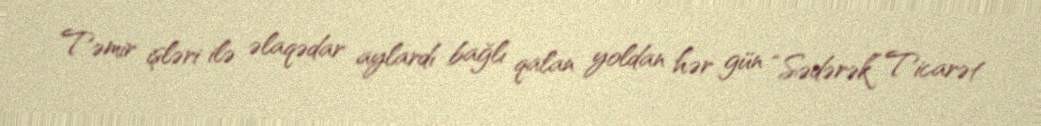
Təmir işləri ilə əlaqədar aylardı bağlı qalan yoldan hər gün “Sədərək” Ticarət